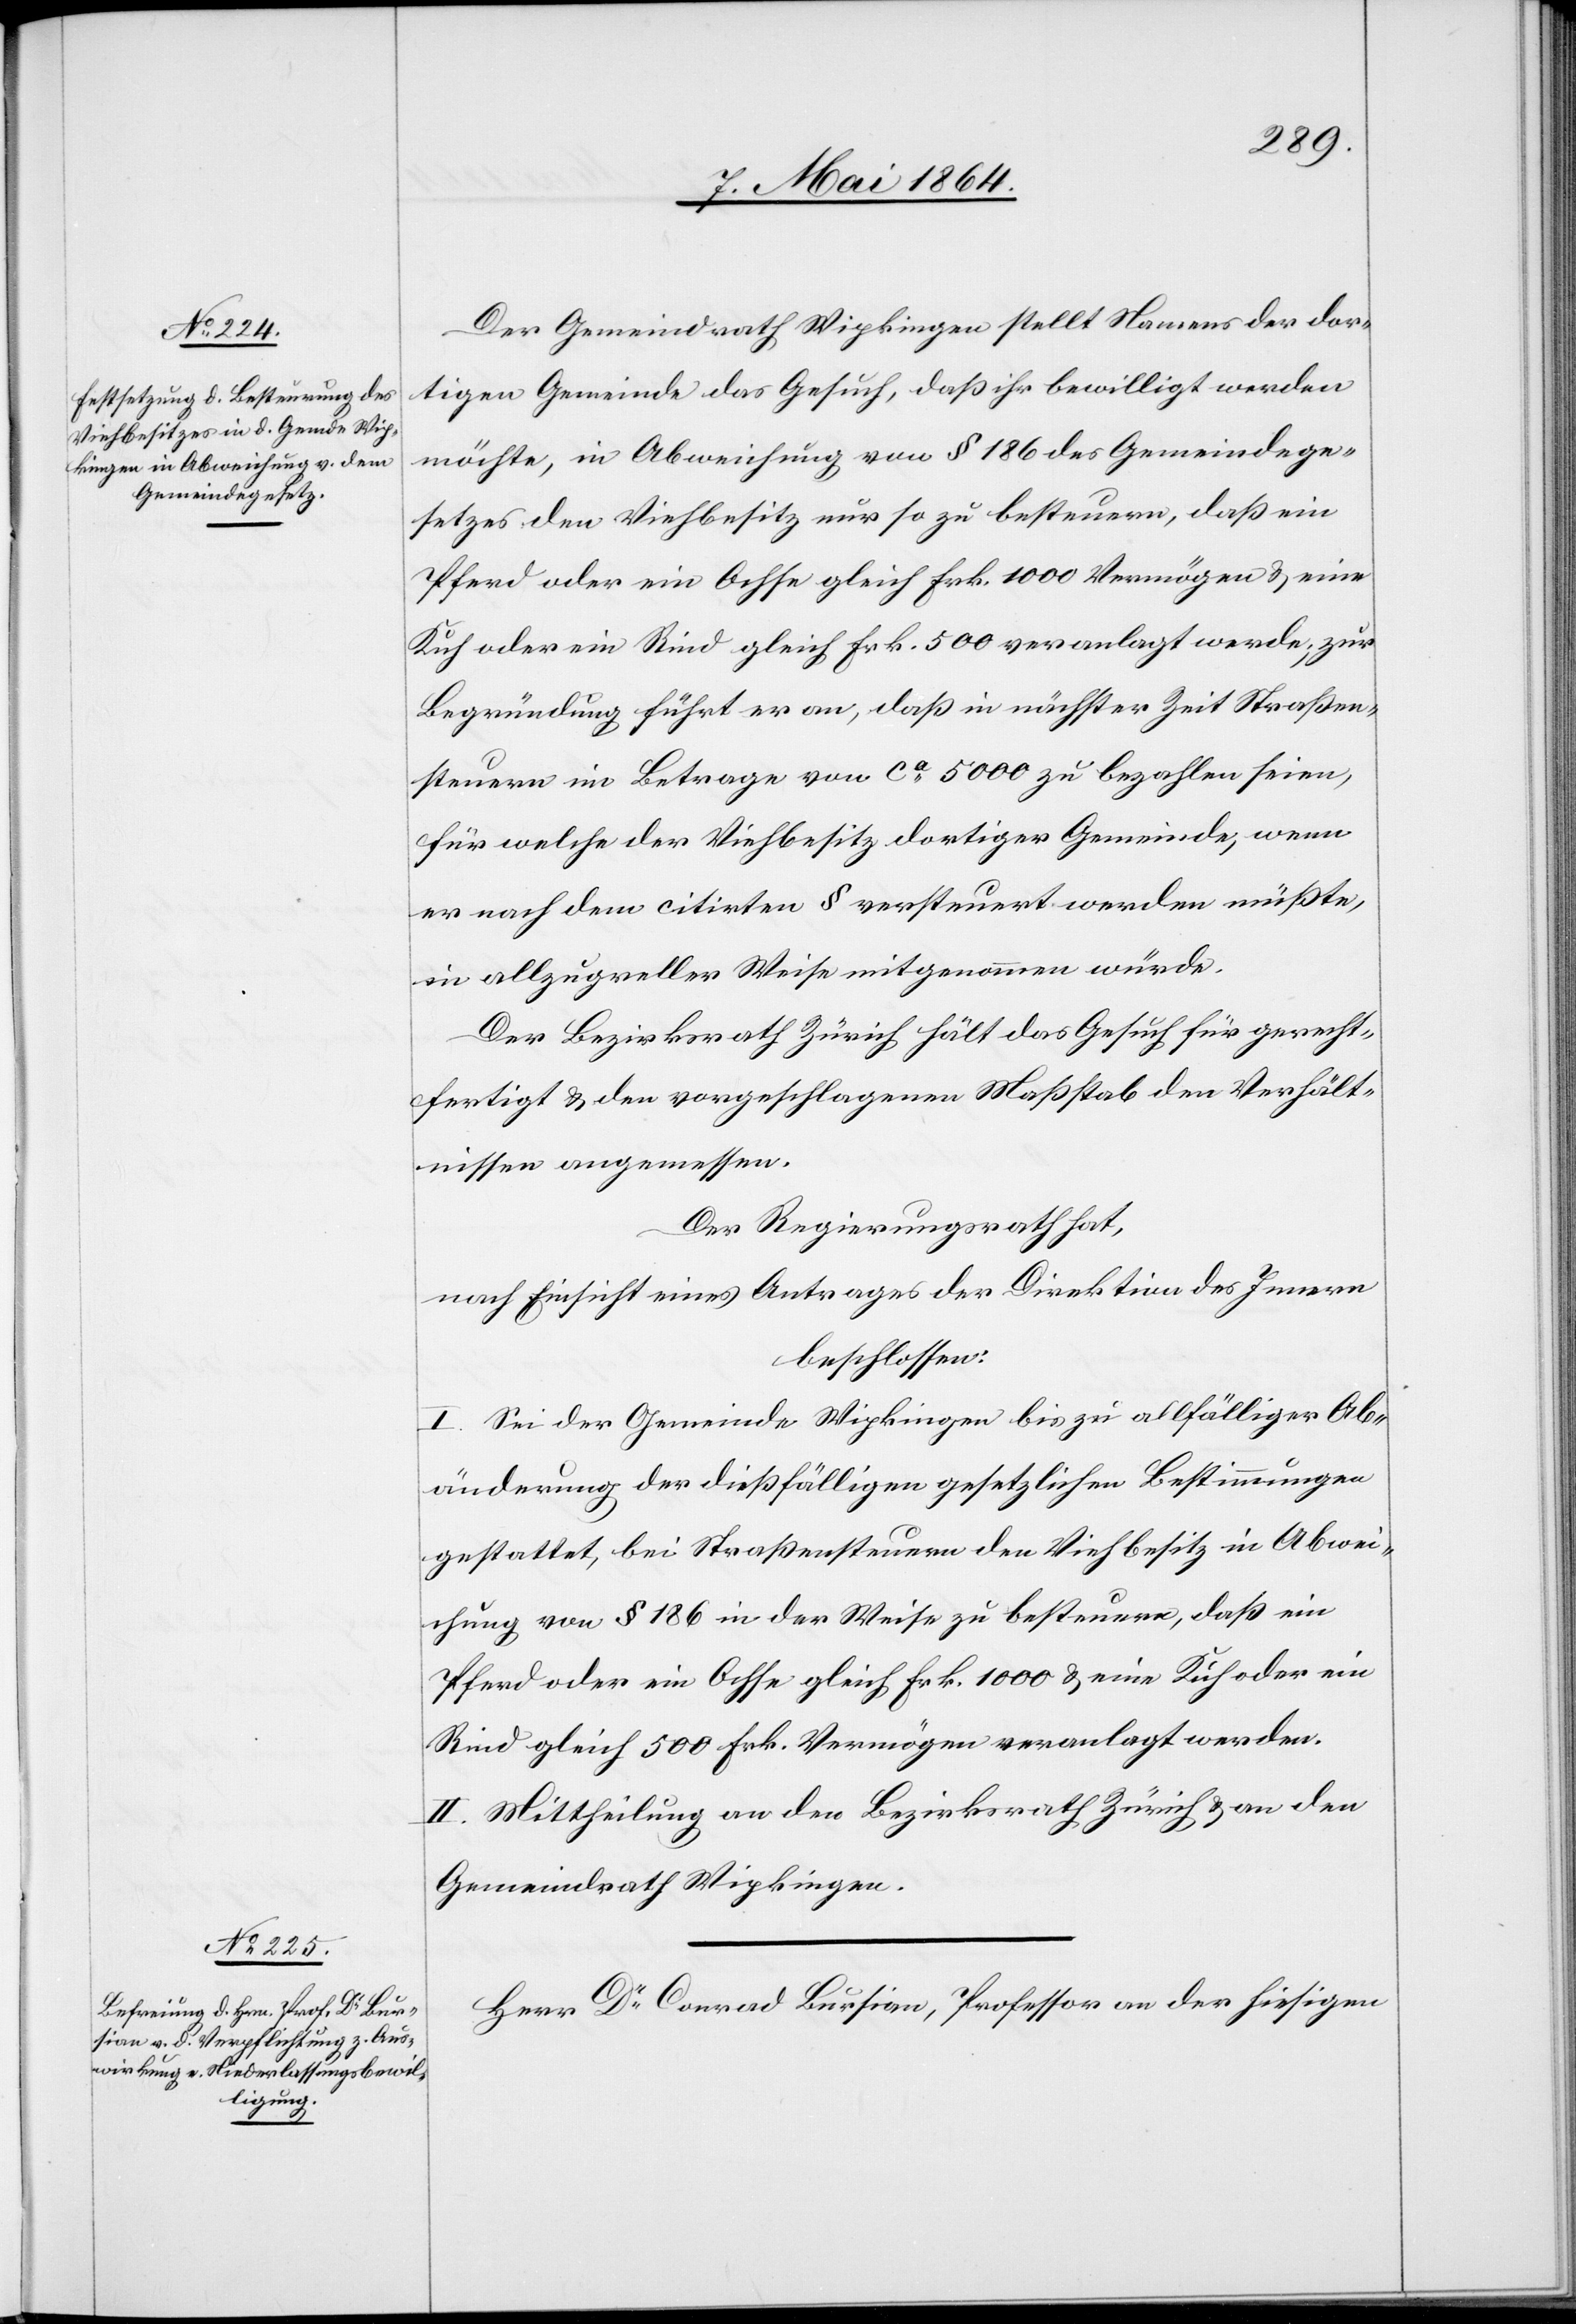
Der Gemeindrath Wipkingen stellt Namens der dor¬
tigen Gemeinde das Gesuch, daß ihr bewilligt werden
möchte, in Abweichung von § 186 des Gemeindege¬
setzes den Viehbesitz nur so zu besteuern, daß ein
Pferd oder ein Ochse gleich Frk. 1000 Vermögen u. eine
Kuh oder ein Rind gleich Frk. 500 veranlagt werde; zur
Begründung führt er an, daß in nächster Zeit Straßen¬
steuern im Betrage von ca 5000 zu bezahlen seien,
für welche der Viehbesitz dortiger Gemeinde, wenn
er nach dem citirten § versteuert werden müßte,
in allzugreller Weise mitgenommen würde.
Der Bezirksrath Zürich hält das Gesuch für gerecht¬
fertigt u. den vorgeschlagenen Maßstab den Verhält¬
nissen angemessen.
Der Regierungsrath hat,
nach Einsicht eines Antrages der Direktion des Innern
beschlossen:
I. Sei der Gemeinde Wipkingen bis zu allfälliger Ab¬
änderung der dießfälligen gesetzlichen Bestimmungen
gestattet, bei Straßensteuern den Viehbesitz in Abwei¬
chung von § 86 in der Weise zu besteuern, daß ein
Pferd oder ein Ochse gleich Frk. 1000 u. eine Kuh oder ein
Rind gleich 500 Frk. Vermögen veranlagt werden.
II. Mittheilung an den Bezirksrath Zürich u. an den
Gemeindrath Wipkingen.
Herr Dr Conrad Bursian, Professor an der hiesigen